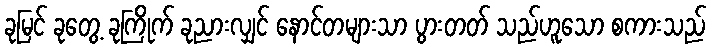
ခုမြင် ခုတွေ့ ခုကြိုက် ခုညားလျှင် နောင်တများသာ ပွားတတ် သည်ဟူသော စကားသည်